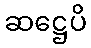
ဆဋ္ဌေပိ